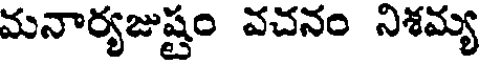
మనార్యజుష్టం వచనం నిశమ్య